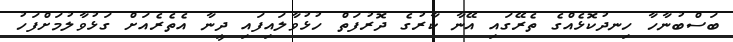
ބަސްބުނާހާ ހިނދުކޮޅެއްގެ ތެރޭގައި އޭނާ ކާރުގެ ދޮރުފަތް ހުޅުވާލައިފައި ދީނާ އެތެރެއަށް ގަޅުވާލުމަށްފަހު